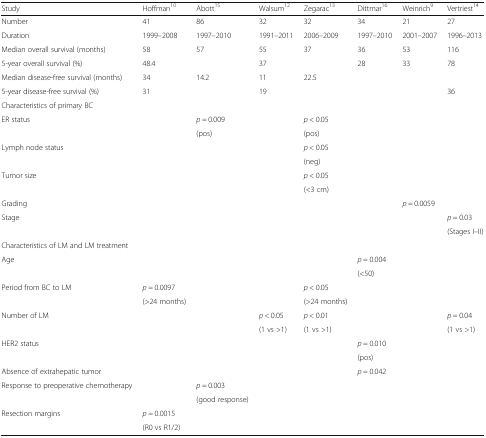
<table><thead><tr><td><b>Study</b></td><td><b>Hoffman<sup>10</sup></b></td><td><b>Abott<sup>15</sup></b></td><td><b>Walsum<sup>12</sup></b></td><td><b>Zegarac<sup>13</sup></b></td><td><b>Dittmar<sup>16</sup></b></td><td><b>Weinrich<sup>9</sup></b></td><td><b>Vertriest<sup>14</sup></b></td></tr></thead><tbody><tr><td>Number</td><td>41</td><td>86</td><td>32</td><td>32</td><td>34</td><td>21</td><td>27</td></tr><tr><td>Duration</td><td>1999–2008</td><td>1997–2010</td><td>1991–2011</td><td>2006–2009</td><td>1997–2010</td><td>2001–2007</td><td>1996–2013</td></tr><tr><td>Median overall survival (months)</td><td>58</td><td>57</td><td>55</td><td>37</td><td>36</td><td>53</td><td>116</td></tr><tr><td>5-year overall survival (%)</td><td>48.4</td><td></td><td>37</td><td></td><td>28</td><td>33</td><td>78</td></tr><tr><td>Median disease-free survival (months)</td><td>34</td><td>14.2</td><td>11</td><td>22.5</td><td></td><td></td><td></td></tr><tr><td>5-year disease-free survival (%)</td><td>31</td><td></td><td>19</td><td></td><td></td><td></td><td>36</td></tr><tr><td>Characteristics of primary BC</td><td></td><td></td><td></td><td></td><td></td><td></td><td></td></tr><tr><td rowspan="2">ER status</td><td></td><td><i>p</i> = 0.009</td><td></td><td><i>p</i> &lt; 0.05</td><td></td><td></td><td></td></tr><tr><td></td><td>(pos)</td><td></td><td>(pos)</td><td></td><td></td><td></td></tr><tr><td rowspan="2">Lymph node status</td><td></td><td></td><td></td><td><i>p</i> &lt; 0.05</td><td></td><td></td><td></td></tr><tr><td></td><td></td><td></td><td>(neg)</td><td></td><td></td><td></td></tr><tr><td rowspan="2">Tumor size</td><td></td><td></td><td></td><td><i>p</i> &lt; 0.05</td><td></td><td></td><td></td></tr><tr><td></td><td></td><td></td><td>(&lt;3 cm)</td><td></td><td></td><td></td></tr><tr><td>Grading</td><td></td><td></td><td></td><td></td><td></td><td><i>p</i> = 0.0059</td><td></td></tr><tr><td rowspan="2">Stage</td><td></td><td></td><td></td><td></td><td></td><td></td><td><i>p</i> = 0.03</td></tr><tr><td></td><td></td><td></td><td></td><td></td><td></td><td>(Stages I–II)</td></tr><tr><td>Characteristics of LM and LM treatment</td><td></td><td></td><td></td><td></td><td></td><td></td><td></td></tr><tr><td rowspan="2">Age</td><td></td><td></td><td></td><td></td><td><i>p</i> = 0.004</td><td></td><td></td></tr><tr><td></td><td></td><td></td><td></td><td>(&lt;50)</td><td></td><td></td></tr><tr><td rowspan="2">Period from BC to LM</td><td><i>p</i> = 0.0097</td><td></td><td></td><td><i>p</i> &lt; 0.05</td><td></td><td></td><td></td></tr><tr><td>(&gt;24 months)</td><td></td><td></td><td>(&gt;24 months)</td><td></td><td></td><td></td></tr><tr><td rowspan="2">Number of LM</td><td></td><td></td><td><i>p</i> &lt; 0.05</td><td><i>p</i> &lt; 0.01</td><td></td><td></td><td><i>p</i> = 0.04</td></tr><tr><td></td><td></td><td>(1 vs &gt;1)</td><td>(1 vs &gt;1)</td><td></td><td></td><td>(1 vs &gt;1)</td></tr><tr><td rowspan="2">HER2 status</td><td></td><td></td><td></td><td></td><td><i>p</i> = 0.010</td><td></td><td></td></tr><tr><td></td><td></td><td></td><td></td><td>(pos)</td><td></td><td></td></tr><tr><td>Absence of extrahepatic tumor</td><td></td><td></td><td></td><td></td><td><i>p</i> = 0.042</td><td></td><td></td></tr><tr><td rowspan="2">Response to preoperative chemotherapy</td><td></td><td><i>p</i> = 0.003</td><td></td><td></td><td></td><td></td><td></td></tr><tr><td></td><td>(good response)</td><td></td><td></td><td></td><td></td><td></td></tr><tr><td rowspan="2">Resection margins</td><td><i>p</i> = 0.0015</td><td></td><td></td><td></td><td></td><td></td><td></td></tr><tr><td>(R0 vs R1/2)</td><td></td><td></td><td></td><td></td><td></td><td></td></tr></tbody></table>